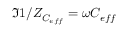
\Im { 1 / Z _ { C _ { e f f } } } = \omega C _ { e f f }